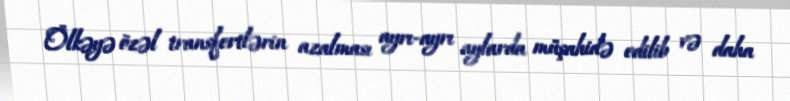
Ölkəyə özəl transfertlərin azalması ayrı-ayrı aylarda müşahidə edilib və daha